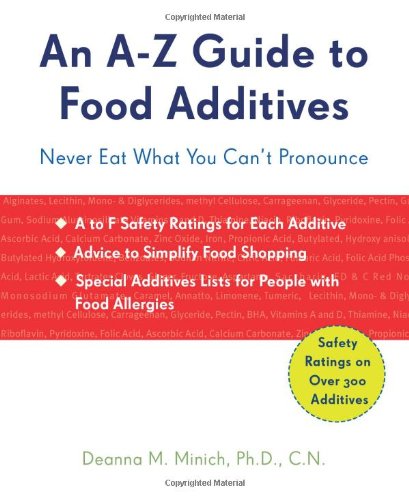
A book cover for An A-Z Guide to Food Additives: Never Eat What You Can't Pronounce; Deanna M Minich PhD CN; Health, Fitness & Dieting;